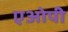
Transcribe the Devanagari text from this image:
एओपी